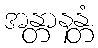
အန္တာနန္တံ